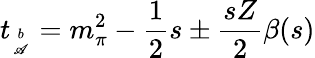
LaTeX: t_{b\atop\mathscr{A}}=m_{\pi}^{2}-{\frac{{1}}{{2}}}s\pm{\frac{{sZ}}{{2}}}\beta(s)